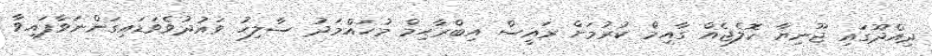
ދިއްދޫގައި ޖޫނިޔާ ކޮލެޖެއް ގާއިމް ކުރުމަށް ރައީސް އިބްރާހިމް މުހައްމަދު ސާލިހު ވައުދުވެވަޑައިގަންނަވާފައިވާ